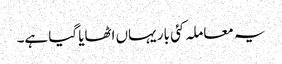
یہ معاملہ کئی بار یہاں اٹھایا گیا ہے۔